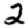
Digit: 2